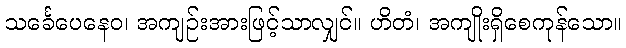
သင်္ခေပေနေဝ၊ အကျဉ်းအားဖြင့်သာလျှင်။ ဟိတံ၊ အကျိုးရှိစေကုန်သော။